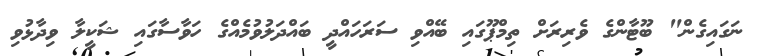
ނަގައިގެން" ބޫޓާންގެ ވެރިރަށް ތިމްޕޫގައި ބޭއްވި ސަރަހައްދީ ބައްދަލުވުމެއްގެ ހަވާސާގައި ޝަކީލާ ވިދާޅުވި